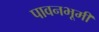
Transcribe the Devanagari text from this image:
पावनभूमी